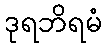
ဒုရဘိရမံ